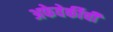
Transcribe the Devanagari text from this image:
अफेवेर्कीची